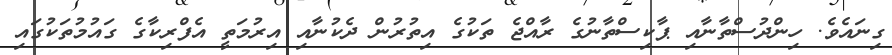
ގިނައެވެ. ހިންދުސްތާނާއި ޕާކިސްތާނުގެ ރާއްޖެ ތަކުގެ އިތުރުން ދެކުނާއި އިރުމަތީ އެފްރިކާގެ ގައުމުތަކުގައި